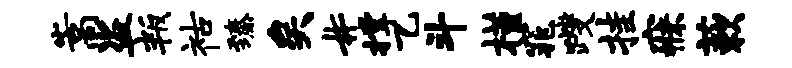
嵩盗叛祜臻矣#撑乙斗槿窕躞挂寐蔌